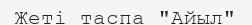
Жеті таспа "Айыл"